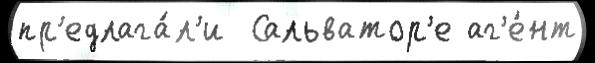
пр'едлага́л'и  Сальватор'е аг'е́нт